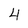
Character: 4